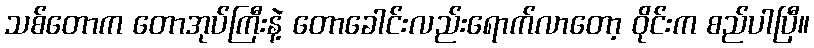
သစ်တောက တောအုပ်ကြီးနဲ့ တောခေါင်းလည်းရောက်လာတော့ ဝိုင်းက စည်ပါပြီ။